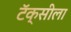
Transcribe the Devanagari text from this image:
टॅक्सीला